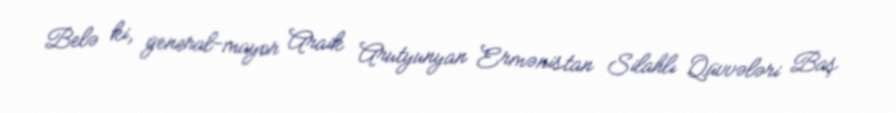
Belə ki, general-mayor Araik Arutyunyan Ermənistan Silahlı Qüvvələri Baş